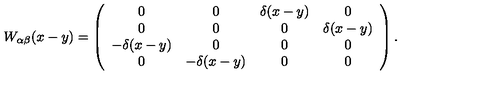
W _ { \alpha \beta } ( x - y ) = \left( \begin{array} { c c c c } { 0 } & { 0 } & { \delta ( x - y ) } & { 0 } \\ { 0 } & { 0 } & { 0 } & { \delta ( x - y ) } \\ { - \delta ( x - y ) } & { 0 } & { 0 } & { 0 } \\ { 0 } & { - \delta ( x - y ) } & { 0 } & { 0 } \\ \end{array} \right) .